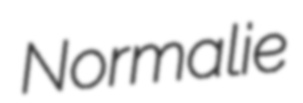
Normalie